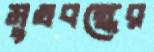
মুখবন্ধের